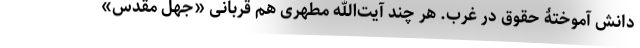
دانش آموختۀ حقوق در غرب. هر چند آیت‌الله مطهری هم قربانی «جهل مقدس»